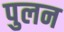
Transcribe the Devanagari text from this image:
पुलन